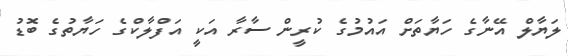
ލަޔާލް އޭނާގެ ހަޔާތަށް އައުމުގެ ކުރީން ސާރާ އަކީ އަފްލާކްގެ ހަޔާތުގެ ބޮޑު